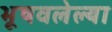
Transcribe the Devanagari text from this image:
भूषवलेल्या